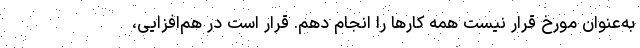
به‌عنوان مورخ قرار نیست همه کارها را انجام دهم. قرار است در هم‌افزایی،